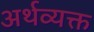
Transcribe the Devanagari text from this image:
अर्थव्यक्त